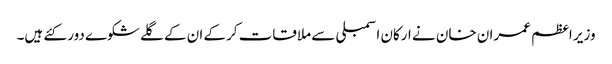
وزیر اعظم عمران خان نے ارکان اسمبلی سے ملاقات کرکے ان کے گلے شکوے دور کئے ہیں۔